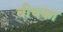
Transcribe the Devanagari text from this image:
बीचका